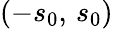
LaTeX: (-s_{0},\, s_{0})